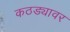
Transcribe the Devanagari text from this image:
कठड्यावर